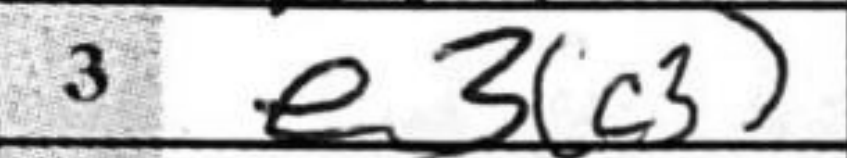
Transcription: e3c3